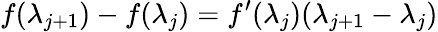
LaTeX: f(\lambda_{j+1})-f(\lambda_{j})=f^{\prime}(\lambda_{j})(\lambda_{j+1}-\lambda_{j})